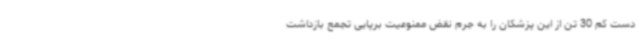
دست کم 30 تن از این پزشکان را به جرم نقض ممنوعیت برپایی تجمع بازداشت